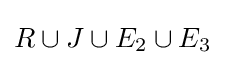
R\cup J\cup E_{2}\cup E_{3}